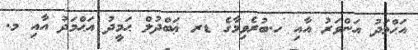
އަޙްމަދު އަންވަރު އާއި ހ.ބުރެވިމާގެ ޑރ ޢަބްދުލް ޙަމީދު އަޙްމަދު އާއި މ.